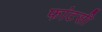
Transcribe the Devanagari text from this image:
फांटसी